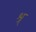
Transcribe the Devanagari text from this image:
श्र्